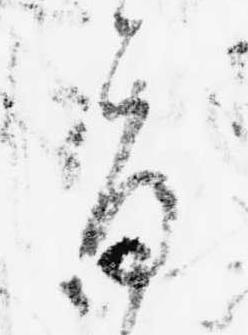
旨